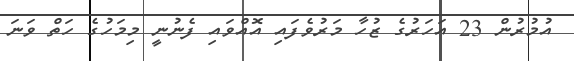
އުމުރުން 23 އަހަރުގެ ޒުހާ މަރުވެފައި އޮއްވައި ފެނުނީ މިމަހުގެ ހަތް ވަނަ